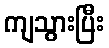
ကျသွားပြီး